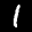
Label: 1